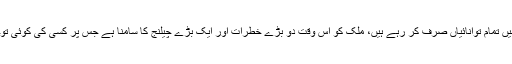
جبکہ عالمی سطح پر حالات تبدیل ہو رہے ہیں اور ہم اندرونی انتشار میں تمام توانائیاں صرف کر رہے ہیں، ملک کو اس وقت دو بڑے خطرات اور ایک بڑے چیلنج کا سامنا ہے جس پر کسی کی کوئی توجہ نہیں اور اگر ہے بھی تو وہ خبطِ عظمت اور خودسری پر مبنی ہے۔